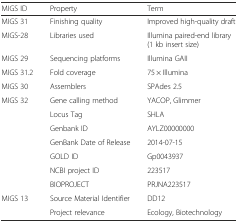
<table><thead><tr><td><b>MIGS ID</b></td><td><b>Property</b></td><td><b>Term</b></td></tr></thead><tbody><tr><td>MIGS 31</td><td>Finishing quality</td><td>Improved high-quality draft</td></tr><tr><td>MIGS-28</td><td>Libraries used</td><td>Illumina paired-end library (1 kb insert size)</td></tr><tr><td>MIGS 29</td><td>Sequencing platforms</td><td>Illumina GAII</td></tr><tr><td>MIGS 31.2</td><td>Fold coverage</td><td>75 × Illumina</td></tr><tr><td>MIGS 30</td><td>Assemblers</td><td>SPAdes 2.5</td></tr><tr><td>MIGS 32</td><td>Gene calling method</td><td>YACOP, Glimmer</td></tr><tr><td></td><td>Locus Tag</td><td>SHLA</td></tr><tr><td></td><td>Genbank ID</td><td>AYLZ00000000</td></tr><tr><td></td><td>GenBank Date of Release</td><td>2014-07-15</td></tr><tr><td></td><td>GOLD ID</td><td>Gp0043937</td></tr><tr><td></td><td>NCBI project ID</td><td>223517</td></tr><tr><td></td><td>BIOPROJECT</td><td>PRJNA223517</td></tr><tr><td>MIGS 13</td><td>Source Material Identifier</td><td>DD12</td></tr><tr><td></td><td>Project relevance</td><td>Ecology, Biotechnology</td></tr></tbody></table>